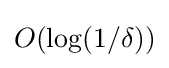
O(\log(1/\delta ))